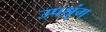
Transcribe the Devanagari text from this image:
उपश्रृंग